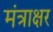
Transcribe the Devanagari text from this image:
मंत्राक्षर